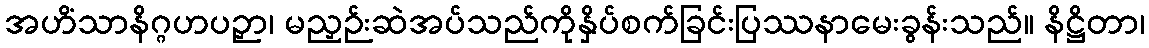
အဟိံသာနိဂ္ဂဟပဉှာ၊ မညှဉ်းဆဲအပ်သည်ကိုနှိပ်စက်ခြင်းပြဿနာမေးခွန်းသည်။ နိဋ္ဌိတာ၊